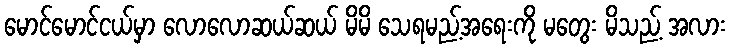
မောင်မောင်ငယ်မှာ လောလောဆယ်ဆယ် မိမိ သေရမည့်အရေးကို မတွေး မိသည့် အလား